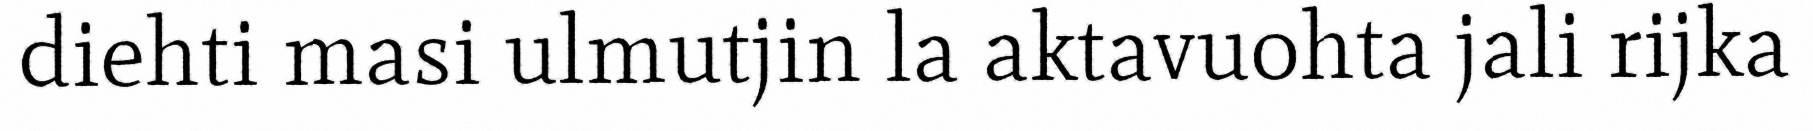
diehti masi ulmutjin la aktavuohta jali rijka